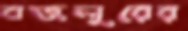
বজলুরের